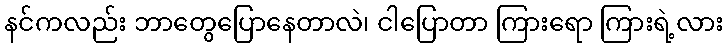
နင်ကလည်း ဘာတွေပြောနေတာလဲ၊ ငါပြောတာ ကြားရော ကြားရဲ့လား